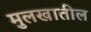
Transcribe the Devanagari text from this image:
मुलखातील